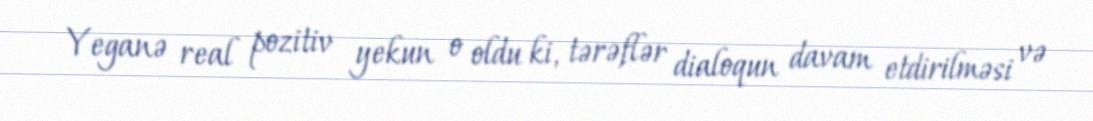
Yeganə real pozitiv yekun o oldu ki, tərəflər dialoqun davam etdirilməsi və